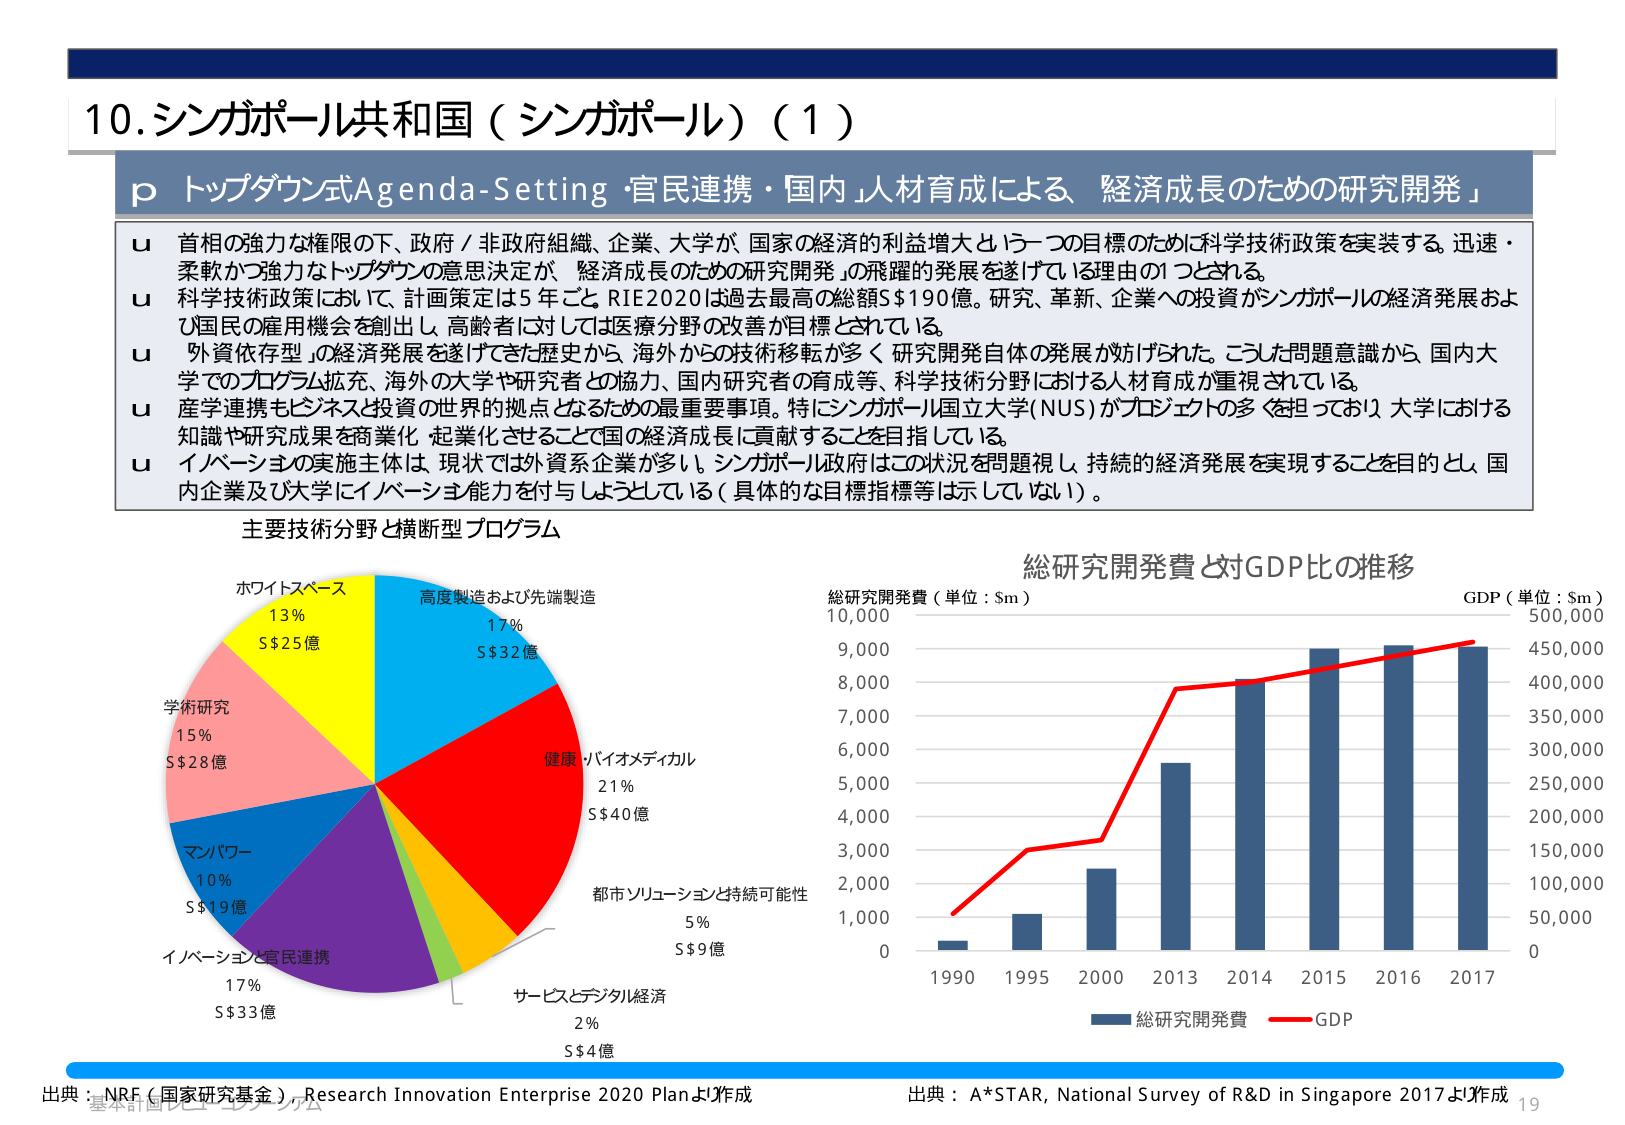
10. シンガポール共和国（シンガポール）（1）

p トップダウン式Agenda-Setting・官民連携・国内「人材育成による 経済成長のための研究開発」

u 首相の強力な権限の下、政府／非政府組織、企業、大学が 国家の経済的利益増大という一つの目標のために科学技術政策を実装する。迅速・柔軟かつ強力なトップダウンの意思決定が、「経済成長のための研究開発」の飛躍的発展を遂げている理由の1つとされる。

u 科学技術政策において、計画策定は5年ごと。RIE2020は過去最高の総額S$190億。研究、革新、企業への投資がシンガポールの経済発展および国民の雇用機会を創出し、高齢者に対しては医療分野の改善が目標とされている。

u 「外資依存型」の経済発展を遂げてきた歴史から、海外からの技術移転が多く、研究開発自体の発展が妨げられた。こうした問題意識から、国内大学でのプログラム拡充、海外の大学や研究者との協力、国内研究者の育成等、科学技術分野における人材育成が重視されている。

u 産学連携もビジネスと投資の世界的視点となるための最重要事項。特にシンガポール国立大学（NUS）がプロジェクトの多くを担っており、大学における知識や研究成果を商業化・起業化させることで国の経済成長に貢献することを目指している。

u イノベーションの実施主体は、現状では外資系企業が多い。シンガポール政府はこの状況を問題視し、持続的経済発展を実現することを目的とし、国内企業及び大学にイノベーション能力を付与しようとしている（具体的な目標指標等は示していない）。

主要技術分野と横断型プログラム

ホワイトスペース
13%
S$25億

高度製造および先端製造
17%
S$32億

健康・バイオメディカル
21%
S$40億

都市ソリューションと持続可能性
5%
S$9億

サービスとデジタル経済
2%
S$4億

学術研究
15%
S$28億

マンパワー
10%
S$19億

イノベーションと官民連携
17%
S$33億

総研究開発費と対GDP比の推移

総研究開発費（単位：Sm）
10,000
9,000
8,000
7,000
6,000
5,000
4,000
3,000
2,000
1,000
0

GDP（単位：Sm）
500,000
450,000
400,000
350,000
300,000
250,000
200,000
150,000
100,000
50,000
0

1990 1995 2000 2013 2014 2015 2016 2017

■ 総研究開発費
— GDP

出典：NRF（国家研究基金）、Research Innovation Enterprise 2020 Planより作成

出典：A*STAR, National Survey of R&D in Singapore 2017より作成

19